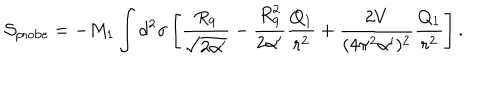
LaTeX: { \cal S } _ { \mathrm { p r o b e } } = - M _ { 1 } \int d ^ { 2 } \sigma \left[ \frac { R _ { 9 } } { \sqrt { 2 \alpha ^ { \prime } } } - \frac { R _ { 9 } ^ { 2 } } { 2 \alpha ^ { \prime } } \frac { Q _ { 1 } } { r ^ { 2 } } + \frac { 2 V } { ( 4 \pi ^ { 2 } \alpha ^ { \prime } ) ^ { 2 } } \frac { Q _ { 1 } } { r ^ { 2 } } \right] .